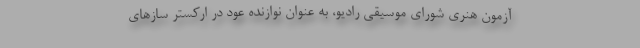
آزمون هنری شورای موسیقی رادیو، به عنوان نوازنده عود در ارکستر سازهای